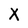
Character: X